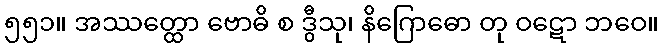
၅၅၁။ အဿတ္ထော ဗောဓိ စ ဒွီသု၊ နိဂြောဓော တု ဝဋော ဘဝေ။